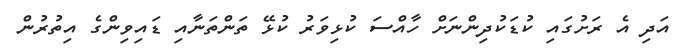
އަދި އެ ރަށުގައި ކުޑަކުދިންނަށް ހާއްސަ ކުޅިވަރު ކުޅޭ ތަންތަނާއި ޑައިވިންގެ އިތުރުން